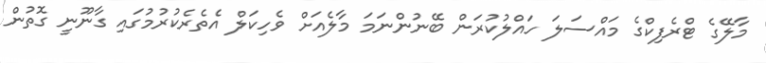
މާލޭގެ ޓްރެފިކްގެ މައްސަލަ ހައްލުކުރަން ބޭނުންނަމަ މާލެއަށް ވެހިކަލް އެތެރެކުރުމުގައި ގާނޫނީ ގޮތުން